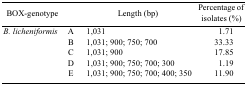
<table><thead><tr><td colspan="2"><b>BOX-genotype</b></td><td><b>Length (bp)</b></td><td><b>Percentage of isolates (%)</b></td></tr></thead><tbody><tr><td><i>B. licheniformis</i></td><td>A</td><td>1,031</td><td>1.71</td></tr><tr><td></td><td>B</td><td>1,031; 900; 750; 700</td><td>33.33</td></tr><tr><td></td><td>C</td><td>1,031; 900</td><td>17.85</td></tr><tr><td></td><td>D</td><td>1,031; 900; 750; 700; 300</td><td>1.19</td></tr><tr><td></td><td>E</td><td>1,031; 900; 750; 700; 400; 350</td><td>11.90</td></tr></tbody></table>